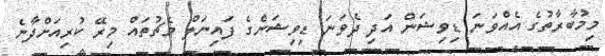
މިމުބާރާތުގެ އެއްވަނަ ޑިވިޝަން އަދި ދެވަނަ ޑިވިޝަންގެ ފައިނަލް މެޗުތައް މިރޭ ކުރިއަށްދާނެ